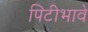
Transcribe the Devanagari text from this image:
पिटीभावे